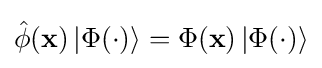
{\hat {\phi }}(\mathbf {x} )\left|\Phi (\cdot )\right\rangle =\Phi (\mathbf {x} )\left|\Phi (\cdot )\right\rangle